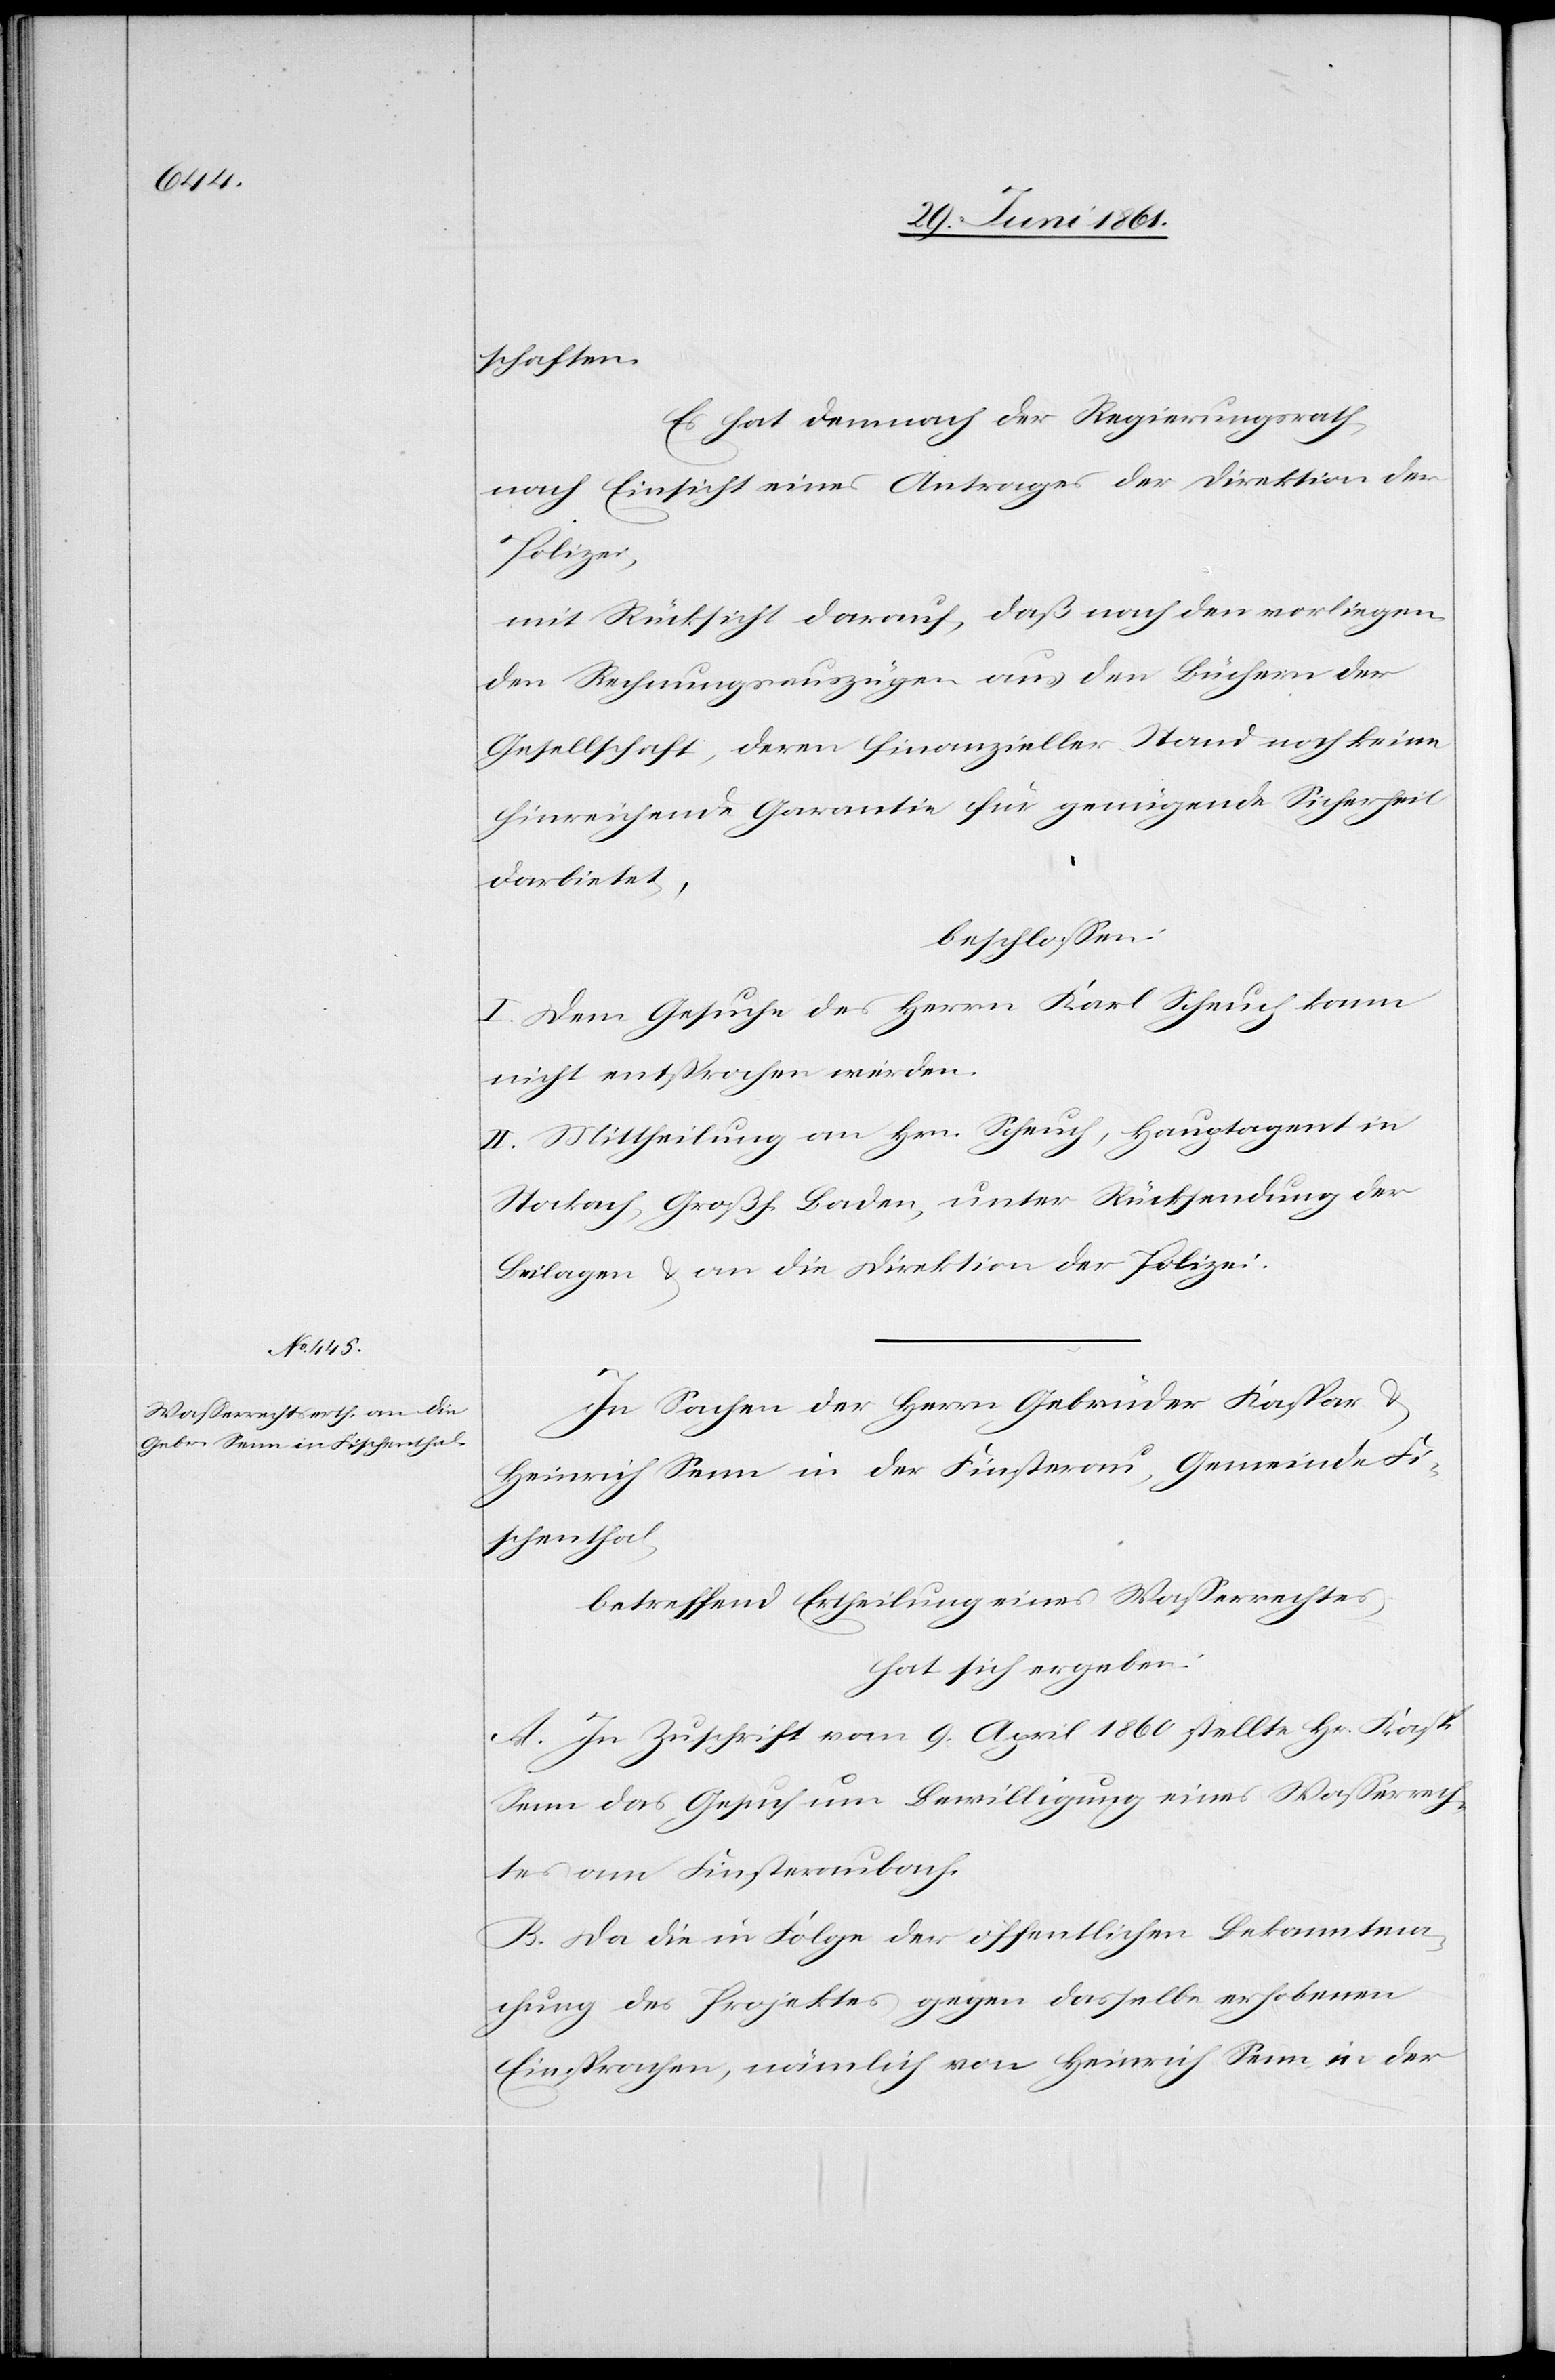
schaften.
Es hat demnach der Regierungsrath,
nach Einsicht eines Antrages der Direktion der
Polizei;
mit Rücksicht darauf, daß nach den vorliegen¬
den Rechnungsauszügen aus den Büchern der
Gesellschaft, deren finanzieller Stand noch keine
hinreichende Garantie für genügende Sicherheit
darbietet,
beschlossen:
I. Dem Gesuche des Herrn Karl Scheuch kann
nicht entsprochen werden.
II. Mittheilung an Hrn. Scheuch, Hauptagent in
Stockach, Großh. Baden, unter Rücksendung der
Beilagen u. an die Direktion der Polizei.
In Sachen der Herrn Gebrüder Kaspar u.
Heinrich Senn in der Finsterau, Gemeinde Fi¬
schenthal,
betreffend Ertheilung eines Wasserrechtes,
hat sich ergeben:
A. In Zuschrift vom 9. April 1860 stellte Hr. Kasp.
Senn das Gesuch um Bewilligung eines Wasserrech¬
tes am Finsteraubach.
B. Da die in Folge der öffentlichen Bekanntma¬
chung des Projektes gegen dasselbe erhobenen
Einsprachen, nämlich von Heinrich Senn in der